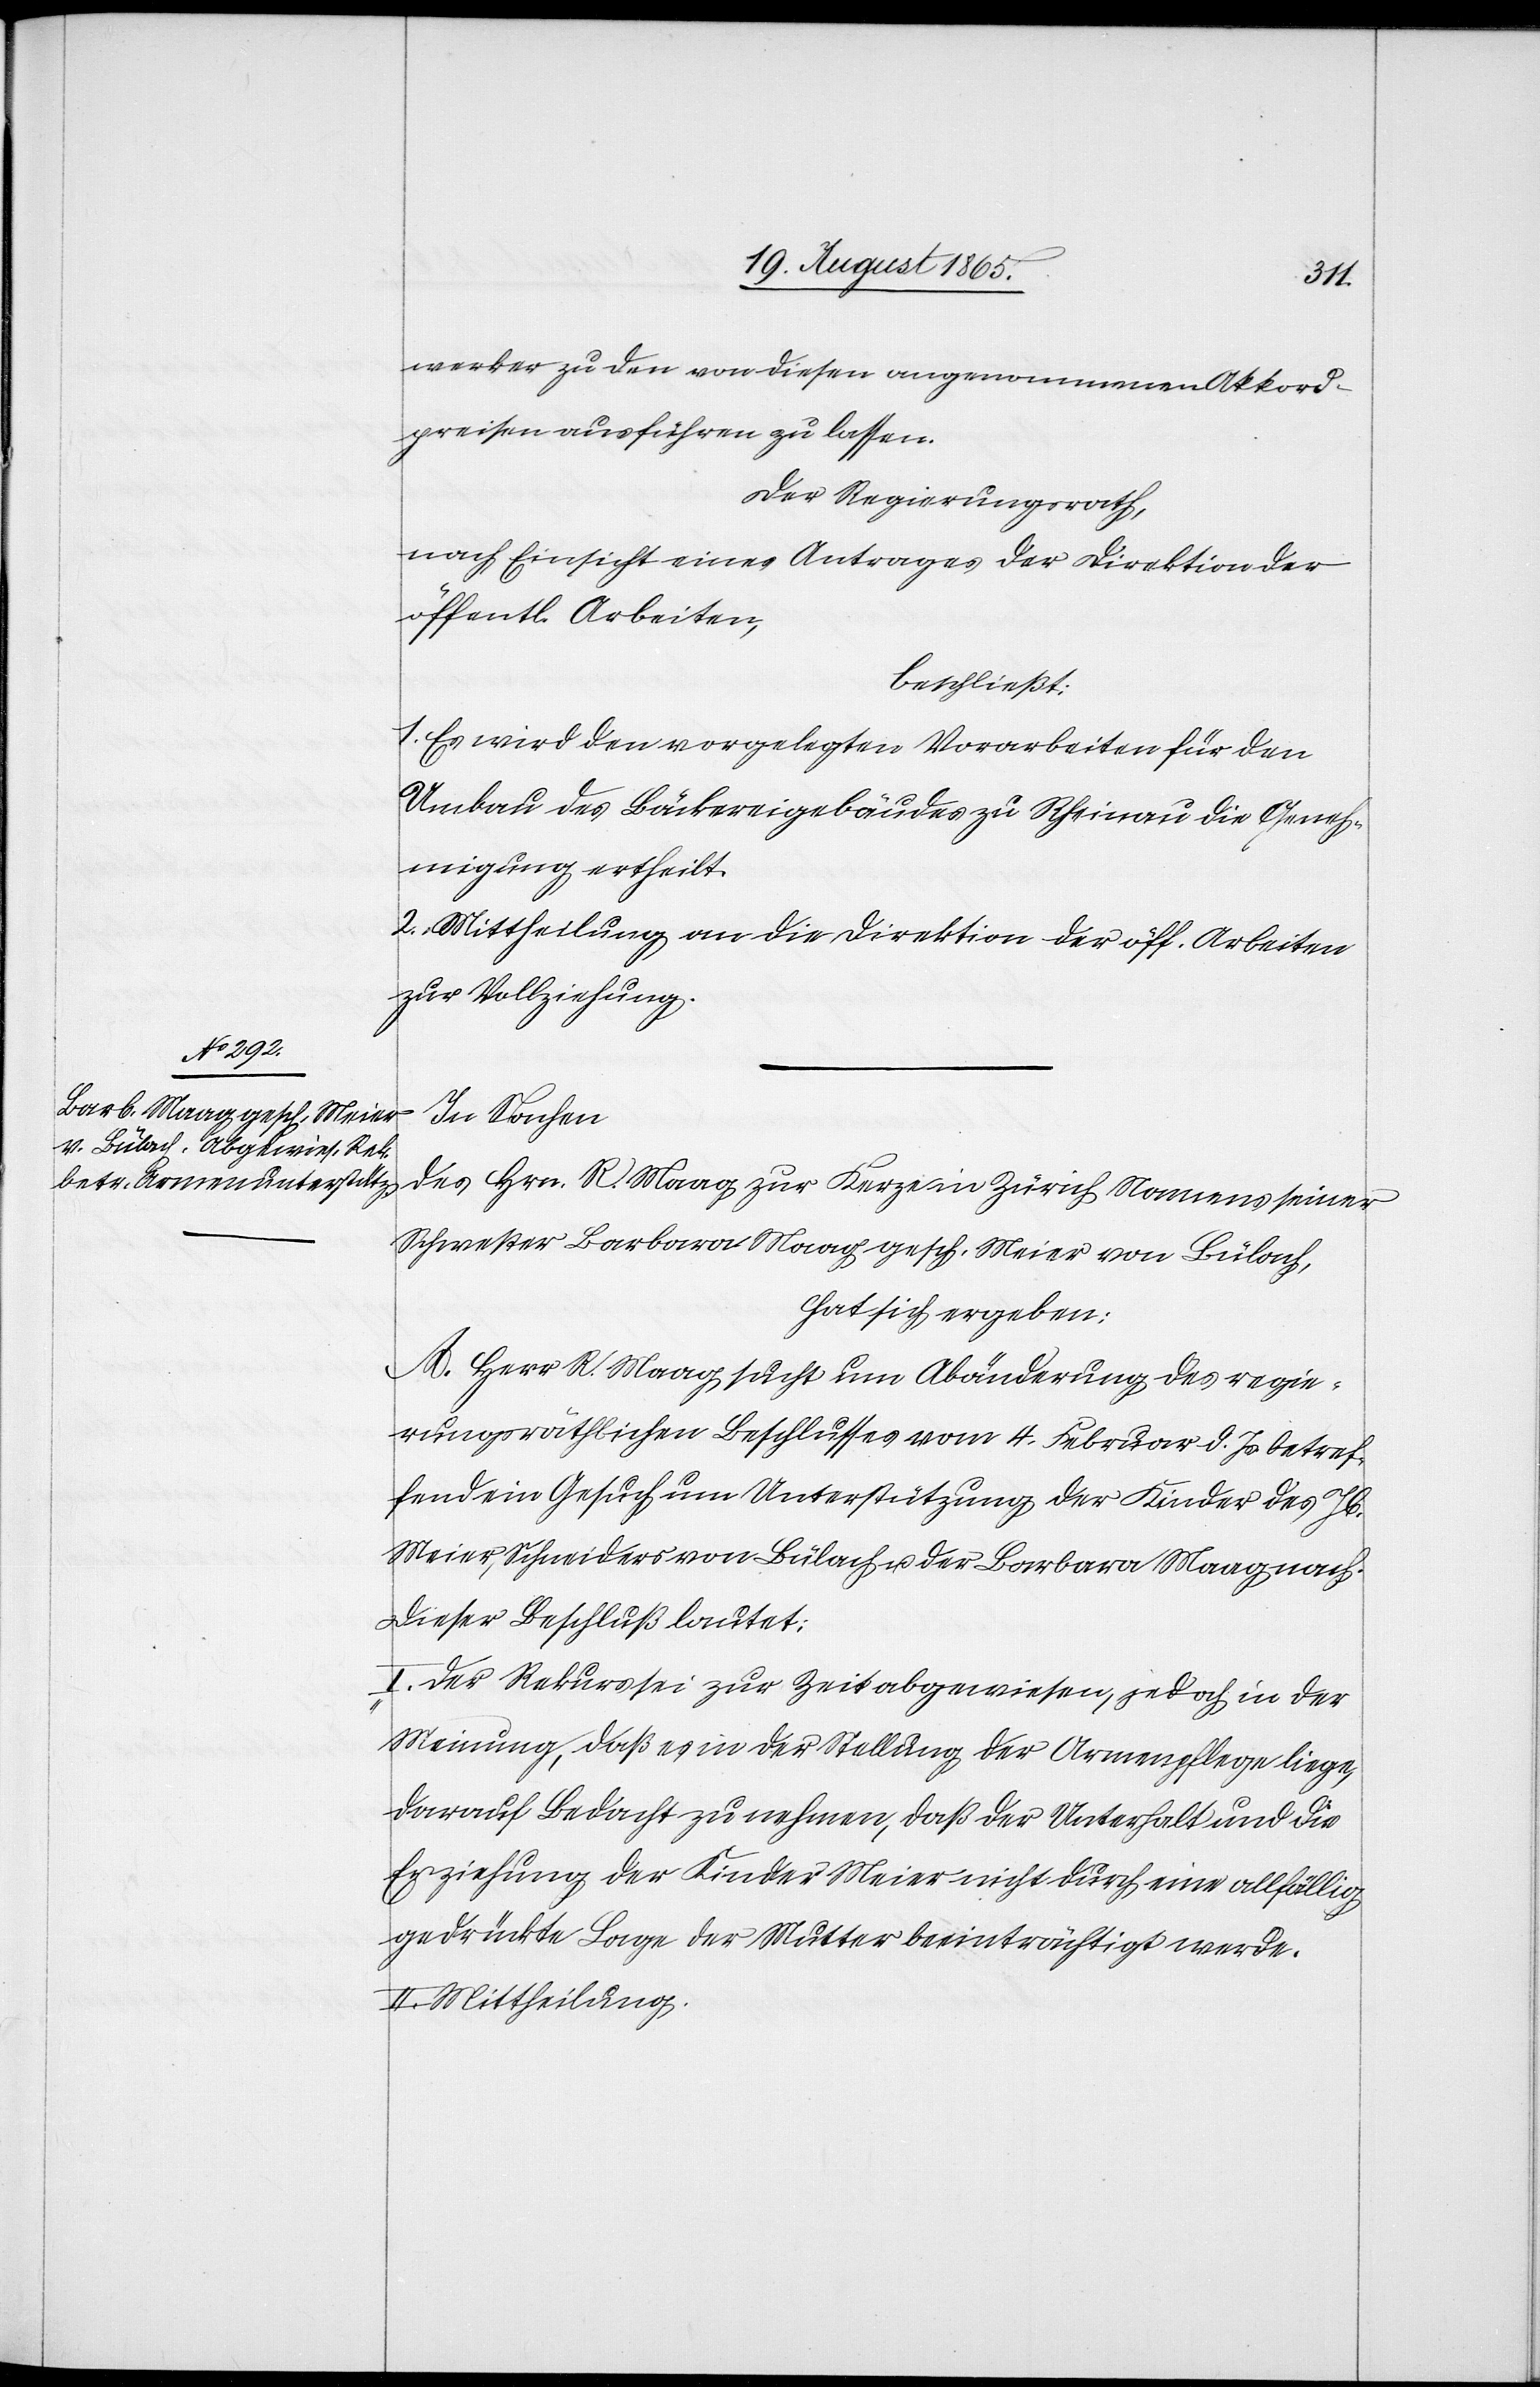
werker zu den von diesen angenommenen Akkord¬
preisen ausführen zu lassen.
Der Regierungsrath,
nach Einsicht eines Antrages der Direktion der
öffentl. Arbeiten,
beschließt:
1. Es wird den vorgelegten Vorarbeiten für den
Umbau des Bäckereigebäudes zu Rheinau die Geneh¬
migung ertheilt.
2. Mittheilung an die Direktion der öff. Arbeiten
zur Vollziehung.
In Sachen
des Hrn. R. Maag zur Kerze in Zürich Namens seiner
Schwester Barbara Maag gesch. Meier von Bülach,
hat sich ergeben:
A. Herr R. Maag sucht um Abänderung des regie¬
rungsräthlichen Beschlusses vom 4. Februar d. Js. betref¬
fend ein Gesuch um Unterstützung der Kinder des Jb.
Meier, Schneiders von Bülach u. der Barbara Maag nach.
Dieser Beschluß lautet:
„I. Der Rekurs sei zur Zeit abgewiesen, jedoch in der
Meinung, daß es in der Stellung der Armenpflege liege,
darauf Bedacht zu nehmen, daß der Unterhalt und die
Erziehung der Kinder Meier nicht durch eine allfällig
gedrückte Lage der Mutter beeinträchtigt werde.
II. Mittheilung.